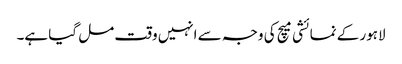
لاہور کے نمائشی میچ کی وجہ سے انہیں وقت مل گیا ہے۔